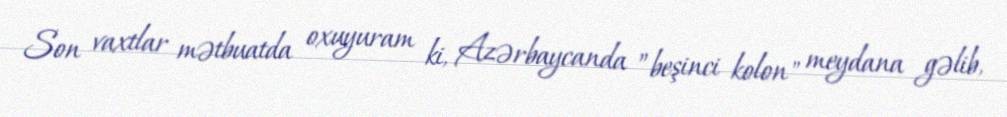
Son vaxtlar mətbuatda oxuyuram ki, Azərbaycanda ”beşinci kolon" meydana gəlib,